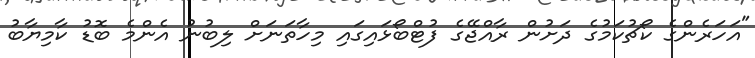
"އަހަރެންގެ ކޯޗުކަމުގެ ދަށުން ރާއްޖޭގެ ފުޓްބޯޅައިގައި މިހާތަނަށް ލިބުނު އެންމެ ބޮޑު ކާމިޔާބު